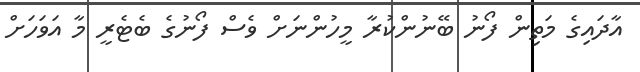
އާދައިގެ މަތިން ފޯނު ބޭނުންކުރާ މީހުންނަށް ވެސް ފޯނުގެ ބެޓެރީ މާ އަވަހަށް